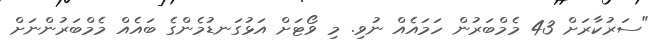
"ސަރުކާރަށް 43 މެމްބަރުން ހަމައެއް ނުވި. މި ވޯޓަށް އަޅުގަނޑުމެންގެ ބައެއް މެމްބަރުންނަށް